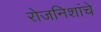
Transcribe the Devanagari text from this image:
रोजनिशांचे